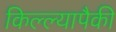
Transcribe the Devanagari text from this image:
किल्ल्यापैकी